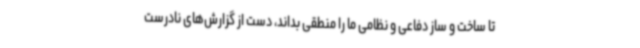
تا ساخت و ساز دفاعی و نظامی ما را منطقی بداند، دست از گزارش‌های نادرست